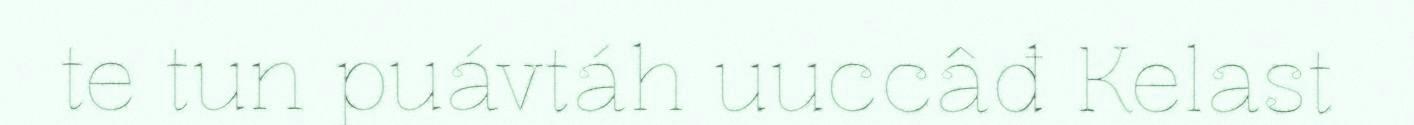
te tun puávtáh uuccâđ Kelast